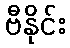
ဗီနိုင်း